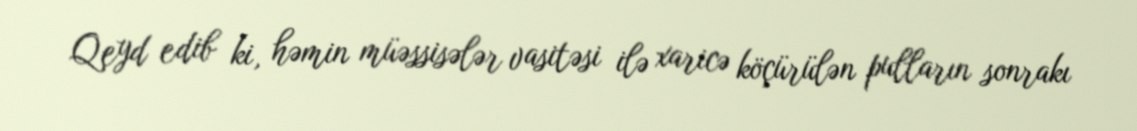
Qeyd edib ki, həmin müəssisələr vasitəsi ilə xaricə köçürülən pulların sonrakı